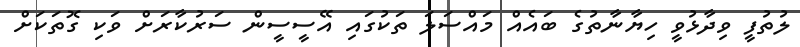
ލުތުފީ ވިދާޅުވީ ހިޔާނާތުގެ ބައެއް މައްސަލަ ތަކުގައި އޭސީސީން ސަރުކާރަށް ވަކި ގޮތަކަށް